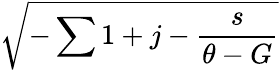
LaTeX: \sqrt{-\sum 1+j-\frac{s}{\theta-G}}